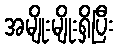
အမျိုးမျိုးရှိပြီး